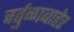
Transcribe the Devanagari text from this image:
वर्तुळाबाहेर